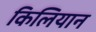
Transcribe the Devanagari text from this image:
किलियान